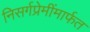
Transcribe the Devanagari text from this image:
निसर्गप्रेमींमार्फत